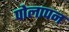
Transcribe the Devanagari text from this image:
पोलापन